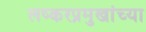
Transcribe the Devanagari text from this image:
लष्करप्रमुखांच्या